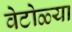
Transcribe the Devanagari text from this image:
वेटोळ्या